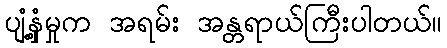
ပျံ့နှံ့မှုက အရမ်း အန္တရာယ်ကြီးပါတယ်။